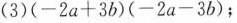
(3)$$( - 2 a + 3 b ) ( - 2 a - 3 b )$$；